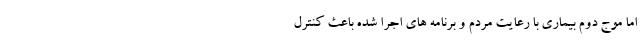
اما موج دوم بیماری با رعایت مردم و برنامه های اجرا شده باعث کنترل